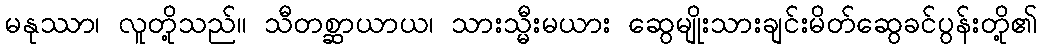
မနုဿာ၊ လူတို့သည်။ သီတစ္ဆာယာယ၊ သားသ္မီးမယား ဆွေမျိုးသားချင်းမိတ်ဆွေခင်ပွန်းတို့၏